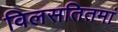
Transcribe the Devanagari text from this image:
विलसतितमां